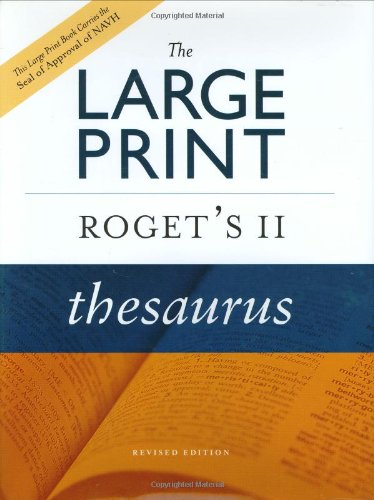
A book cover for The Large Print Roget's II Thesaurus, Revised Edition; Reference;